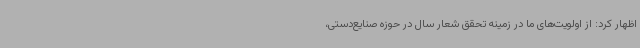
اظهار کرد: از اولویت‌های ما در زمینه تحقق شعار سال در حوزه صنایع‌دستی،